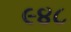
૯૪૮